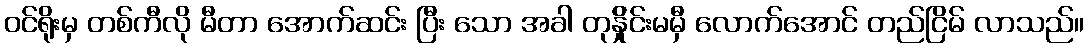
ဝင်ရိုးမှ တစ်ကီလို မီတာ အောက်ဆင်း ပြီး သော အခါ တုန်ှိုင်းမမှီ လောက်အောင် တည်ငြိမ် လာသည်။